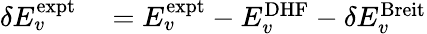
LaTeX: \begin{array}{rl}{\delta E_{v}^{\mathrm{expt}}}&{{}=E_{v}^{\mathrm{expt}}-E_{v}^{\mathrm{DHF}}-\delta E_{v}^{\mathrm{Breit}}}\end{array}